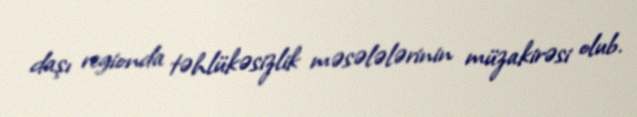
daşı regionda təhlükəsizlik məsələlərinin müzakirəsi olub.